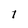
Character: 1